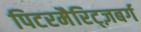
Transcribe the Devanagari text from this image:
पिटरमैरिट्ज़बर्ग